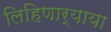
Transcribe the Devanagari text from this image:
लिहिणार्‍याया